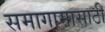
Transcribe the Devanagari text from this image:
समागामासाठी